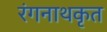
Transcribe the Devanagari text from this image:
रंगनाथकृत